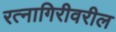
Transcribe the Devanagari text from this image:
रत्नागिरीवरील